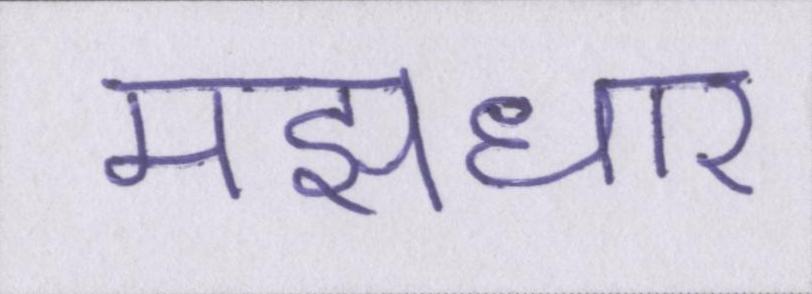
मझधार